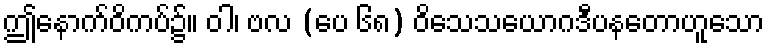
ဤနောက်ဝိကပ်၌။ ဝါ၊ ဗလ (ပေ ၆၈) ဝိသေသယောဂဒီပနတောဟူသော